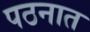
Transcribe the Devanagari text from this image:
पठनात